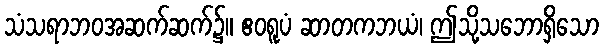
သံသရာဘဝအဆက်ဆက်၌။ ဧဝရူပံ ဆာတကဘယံ၊ ဤသို့သဘောရှိသော